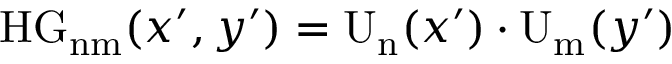
\mathrm { H G _ { n m } } ( x ^ { \prime } , y ^ { \prime } ) = \mathrm { U _ { n } } ( x ^ { \prime } ) \cdot \mathrm { U _ { m } } ( y ^ { \prime } )